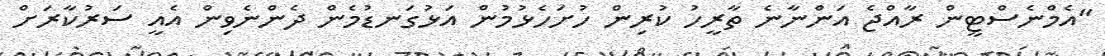
"އެމްނެސްޓީން ރާއްޖެ އަންނާނެ ތާރީހު ކުރިން ހުށަހެޅުމުން އަޅުގަނޑުމެން ދެންނެވިން އެއީ ސަރުކާރަށް